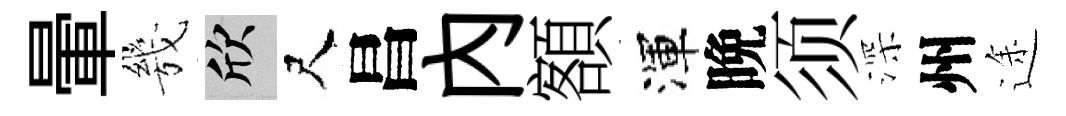
暈㡬欣尺昌內額渾晩须深州途